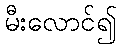
မီးလောင်၍